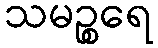
သမဉ္စရေ